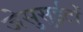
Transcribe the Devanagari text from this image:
जेसुसुईटों